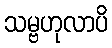
သမ္ဗဟုလာပိ